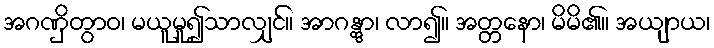
အဂဏှိတွာဝ၊ မယူမူ၍သာလျှင်။ အာဂန္တွာ၊ လာ၍။ အတ္တနော၊ မိမိ၏။ အယျာယ၊